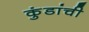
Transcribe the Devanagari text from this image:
कुंडांची